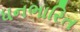
ધનભારિત